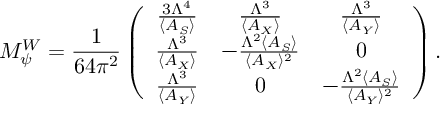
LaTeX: M _ { \psi } ^ { W } = { \frac { 1 } { 6 4 \pi ^ { 2 } } } \left( \begin{array} { c c c } { { { \frac { 3 \Lambda ^ { 4 } } { \langle A _ { S } \rangle } } } } & { { { \frac { \Lambda ^ { 3 } } { \langle A _ { X } \rangle } } } } & { { { \frac { \Lambda ^ { 3 } } { \langle A _ { Y } \rangle } } } } \\ { { { \frac { \Lambda ^ { 3 } } { \langle A _ { X } \rangle } } } } & { { - { \frac { \Lambda ^ { 2 } \langle A _ { S } \rangle } { \langle A _ { X } \rangle ^ { 2 } } } } } & { { 0 } } \\ { { { \frac { \Lambda ^ { 3 } } { \langle A _ { Y } \rangle } } } } & { { 0 } } & { { - { \frac { \Lambda ^ { 2 } \langle A _ { S } \rangle } { \langle A _ { Y } \rangle ^ { 2 } } } } } \end{array} \right) .